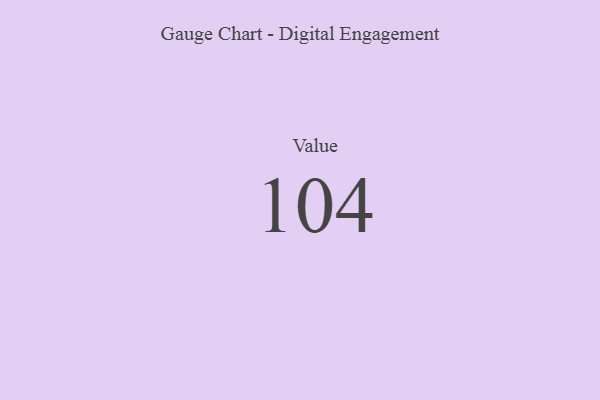
{"axis": {"x": "Metric", "y": "Value"}, "legend": [""], "data": [{"x": "Value", "y": 104, "type": ""}]}